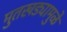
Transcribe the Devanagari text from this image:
मुतखड्यामुळे